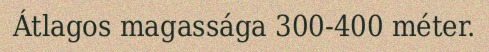
Átlagos magassága 300-400 méter.